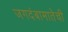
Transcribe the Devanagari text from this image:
जगदंबामातेची